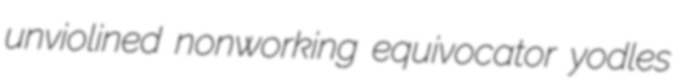
unviolined nonworking equivocator yodles